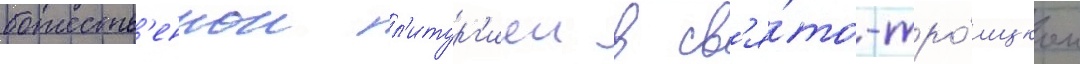
божеств'еннои л'итург'иеи в св'я́то-тро́ицком